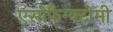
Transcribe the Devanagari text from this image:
एसोफैग्क्टोमी